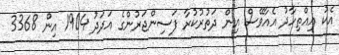
އެކު އިއްތިހާދު އެއާވޭސް އިން ދަތުރުކުރާ ފަސިންޖަރުންގެ އަދަދު 1904 އިން 3368